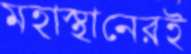
মহাস্থানেরই